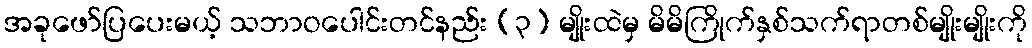
အခုဖော်ပြပေးမယ့် သဘာဝပေါင်းတင်နည်း (၃) မျိုးထဲမှ မိမိကြိုက်နှစ်သက်ရာတစ်မျိုးမျိုးကို